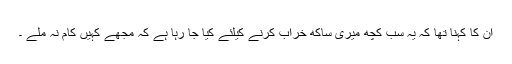
ان کا کہنا تھا کہ یہ سب کچھ میری ساکھ خراب کرنے کیلئے کیا جا رہا ہے کہ مجھے کہیں کام نہ ملے ۔